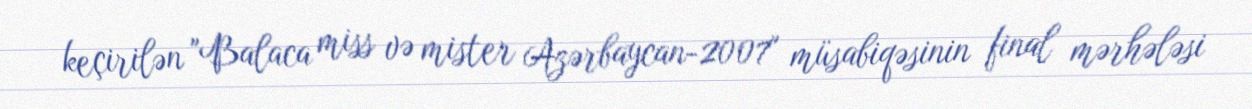
keçirilən "Balaca miss və mister Azərbaycan-2007" müsabiqəsinin final mərhələsi